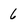
Character: 6